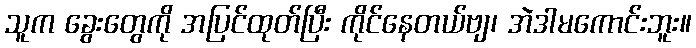
သူက ခွေးတွေကို အပြင်ထုတ်ပြီး ကိုင်နေတယ်ဗျ၊ အဲဒါမကောင်းဘူး။